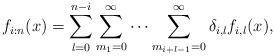
LaTeX: \begin{align*} f_{i:n}(x)=\sum_{l=0}^{n-i}\sum_{m_{1}=0}^{\infty}\cdots\sum_{m_{i+l-1}=0}^{\infty}\delta_{i,l}f_{i,l}(x),\end{align*}